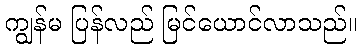
ကျွန်မ ပြန်လည် မြင်ယောင်လာသည်။